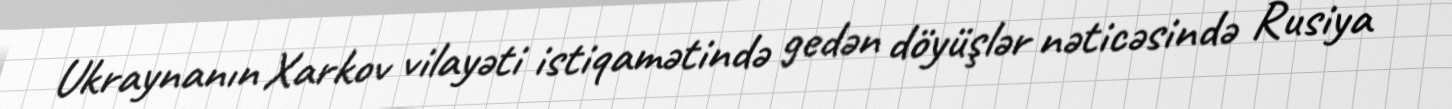
Ukraynanın Xarkov vilayəti istiqamətində gedən döyüşlər nəticəsində Rusiya